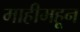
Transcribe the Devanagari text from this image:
माहीमहून